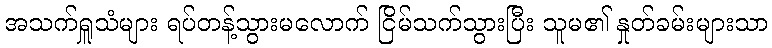
အသက်ရှူသံများ ရပ်တန့်သွားမလောက် ငြိမ်သက်သွားပြီး သူမ၏ နှုတ်ခမ်းများသာ